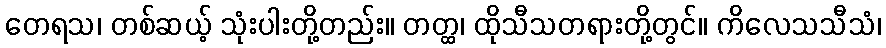
တေရသ၊ တစ်ဆယ့် သုံးပါးတို့တည်း။ တတ္ထ၊ ထိုသီသတရားတို့တွင်။ ကိလေသသီသံ၊